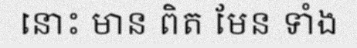
នោះ មាន ពិត មែន ទាំង